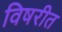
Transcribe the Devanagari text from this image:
विषरीत